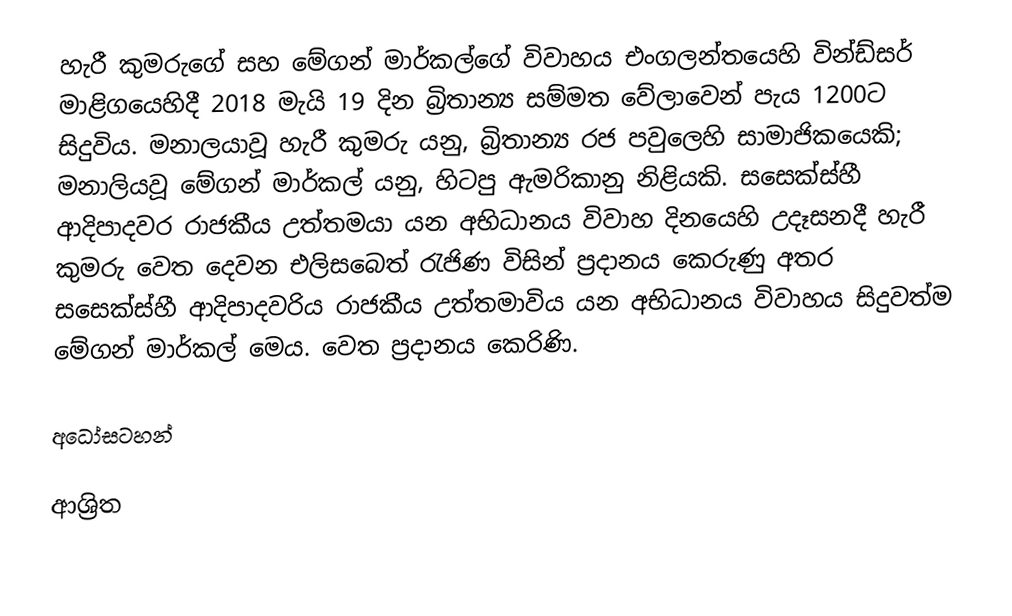
හැරී කුමරුගේ සහ මේගන් මාර්කල්ගේ විවාහය එංගලන්තයෙහි  වින්ඩ්සර් මාළිගයෙහිදී 2018 මැයි 19 දින බ්‍රිතාන්‍ය සම්මත වේලාවෙන් පැය 1200ට සිදුවිය. මනාලයාවූ හැරී කුමරු යනු, බ්‍රිතාන්‍ය රජ පවුලෙහි සාමාජිකයෙකි; මනාලියවූ මේගන් මාර්කල් යනු, හිටපු ඇමරිකානු  නිළියකි. සසෙක්ස්හී ආදිපාදවර රාජකීය උත්තමයා යන අභිධානය විවාහ දිනයෙහි උදෑසනදී හැරී කුමරු වෙත දෙවන එලිසබෙත් රැජිණ විසින් ප්‍රදානය කෙරුණු අතර සසෙක්ස්හී ආදිපාදවරිය රාජකීය උත්තමාවිය යන අභිධානය විවාහය සිදුවත්ම මේගන් මාර්කල් මෙය. වෙත ප්‍රදානය කෙරිණි.

අධෝසටහන්

ආශ්‍රිත